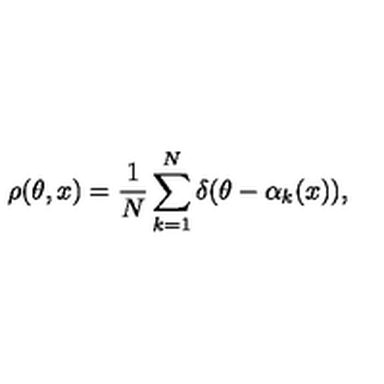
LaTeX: \rho ( \theta , x ) = \frac { 1 } { N } \sum _ { k = 1 } ^ { N } \delta ( \theta - \alpha _ { k } ( x ) ) ,